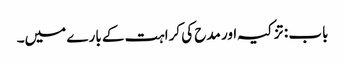
باب : تزکیہ اور مدح کی کراہت کے بارے میں۔